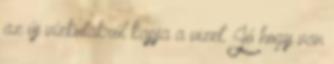
az új vízkutakról kapja a vizet. Jó hogy van